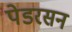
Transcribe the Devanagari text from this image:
पेडरसन